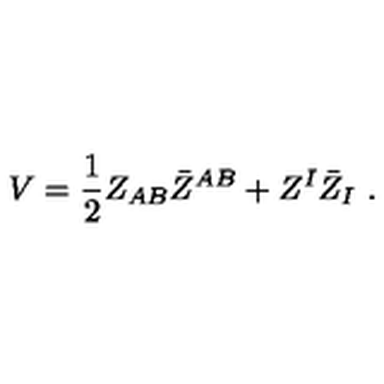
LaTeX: V = { \frac { 1 } { 2 } } Z _ { A B } \bar { Z } ^ { A B } + Z ^ { I } \bar { Z } _ { I } \ .